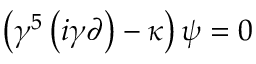
\left( \gamma ^ { 5 } \left( i \gamma \partial \right) - \kappa \right) \psi = 0